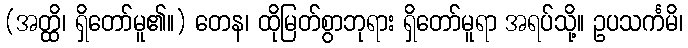
(အတ္ထိ၊ ရှိတော်မူ၏။) တေန၊ ထိုမြတ်စွာဘုရား ရှိတော်မူရာ အရပ်သို့။ ဥပသင်္ကမိ၊